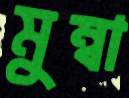
মুম্বা